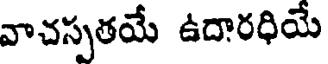
వాచస్పతయే ఉదారధియే